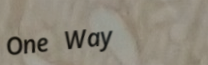
One Way